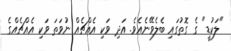
"ލަކުޑީ" ގެ ގޮތުގައި ބެލެވޭނެއެވެ. އަދި ވަކި އެއްޗެއް ނުވަތަ ވަކި އެއްޗެއްގެ